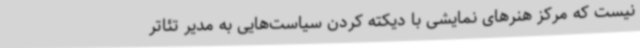
نیست که مرکز هنرهای نمایشی با دیکته کردن سیاست‌هایی به مدیر تئاتر